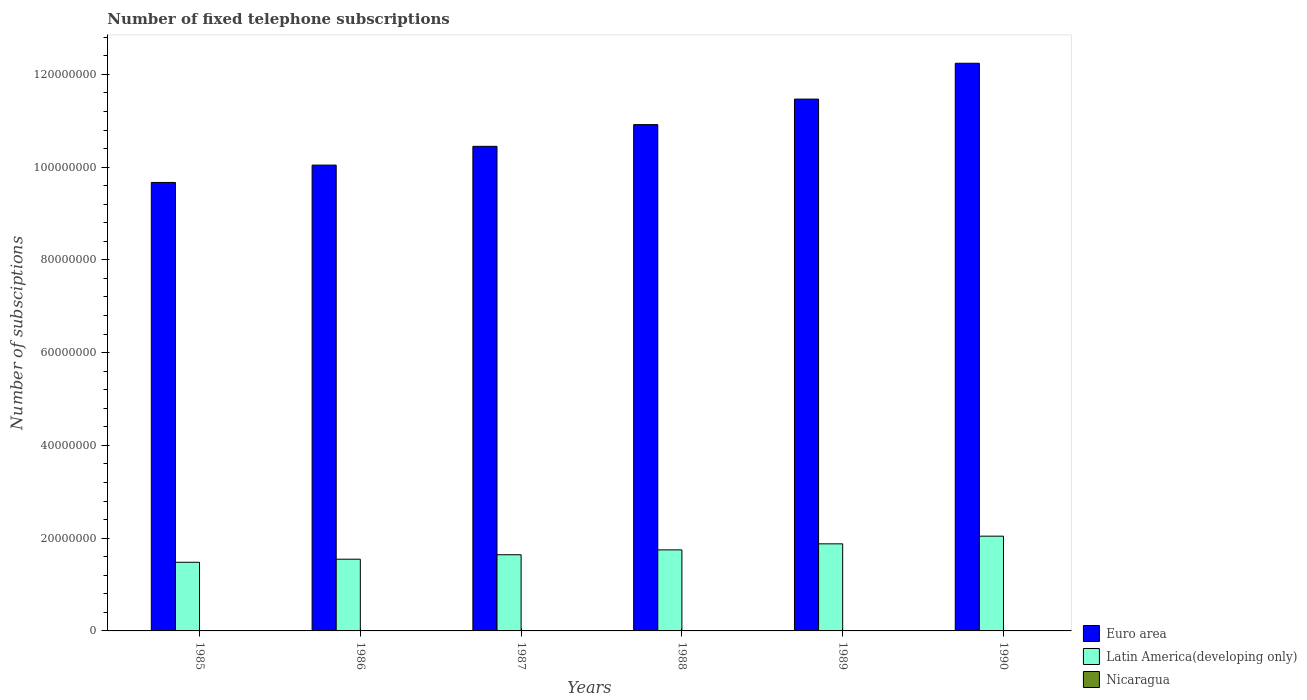
| Years | Euro area | Latin America(developing only) | Nicaragua |
 | --- | --- | --- | --- |
 | 1985 | 9.67e+07 | 1.48e+07 | 4.34e+04 |
 | 1986 | 1e+08 | 1.55e+07 | 4.41e+04 |
 | 1987 | 1.04e+08 | 1.64e+07 | 4.59e+04 |
 | 1988 | 1.09e+08 | 1.75e+07 | 4.55e+04 |
 | 1989 | 1.15e+08 | 1.88e+07 | 4.62e+04 |
 | 1990 | 1.22e+08 | 2.04e+07 | 4.63e+04 |